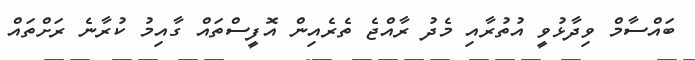
ބައްސާމް ވިދާޅުވީ އުތުރާއި މެދު ރާއްޖެ ތެރެއިން އޮފީސްތައް ގާއިމު ކުރާނެ ރަށްތައް